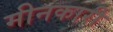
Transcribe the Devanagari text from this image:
मीनकारी